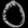
Digit: ၀